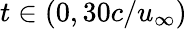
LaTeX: t\in(0,30c/u_{\infty})